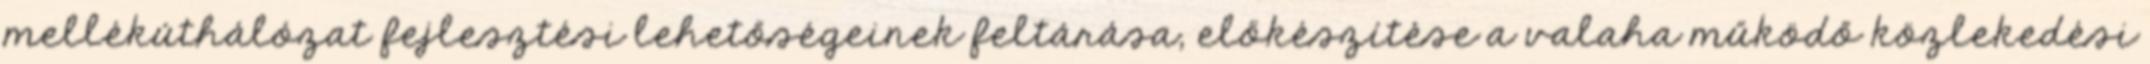
mellékúthálózat fejlesztési lehetőségeinek feltárása, előkészítése a valaha működő közlekedési